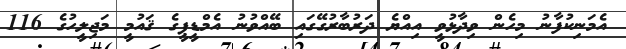
އެމަނިކުފާނު މިހެން ވިދާޅުވީ އިއްޔެ ދަރުބާރުގޭގައި ބޭއްވުނު އެމްޑީޕީގެ ޤައުމީ މަޖިލީހުގެ 116